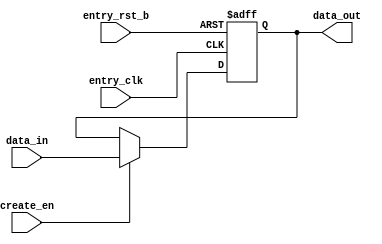
/*Copyright 2019-2021 T-Head Semiconductor Co., Ltd.

Licensed under the Apache License, Version 2.0 (the "License");
you may not use this file except in compliance with the License.
You may obtain a copy of the License at

    http://www.apache.org/licenses/LICENSE-2.0

Unless required by applicable law or agreed to in writing, software
distributed under the License is distributed on an "AS IS" BASIS,
WITHOUT WARRANTIES OR CONDITIONS OF ANY KIND, either express or implied.
See the License for the specific language governing permissions and
limitations under the License.
*/



















module axi_fifo_entry(
  create_en,
  data_in,
  data_out,
  entry_clk,
  entry_rst_b
);


input           create_en;  
input   [70:0]  data_in;    
input           entry_clk;  
input           entry_rst_b; 
output  [70:0]  data_out;   


reg     [70:0]  data_out;   


wire            create_en;  
wire    [70:0]  data_in;    
wire            entry_clk;  
wire            entry_rst_b; 


always @(posedge entry_clk or negedge entry_rst_b)
begin
  if (!entry_rst_b)
    data_out[70:0] <= 71'b0;
  else if (create_en)
    data_out[70:0] <= data_in[70:0];
  else
    data_out[70:0] <= data_out[70:0];
end







endmodule